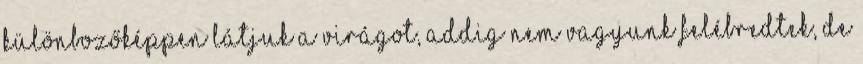
különbozőképpen látjuk a virágot, addig nem vagyunk felébredtek, de